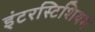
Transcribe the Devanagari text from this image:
इंटरस्टिशियम